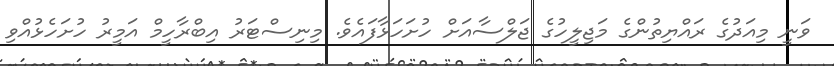
ވަނީ މިއަދުގެ ރައްޔިތުންގެ މަޖިލީހުގެ ޖަލްސާއަށް ހުށަހަޅާފައެވެ. މިނިސްޓަރު އިބްރާހީމް އަމީރު ހުށަހެޅުއްވި